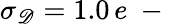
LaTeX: \sigma_{\mathscr D}=1.0\, e\mathrm{~-~}